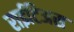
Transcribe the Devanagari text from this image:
राईटिअस